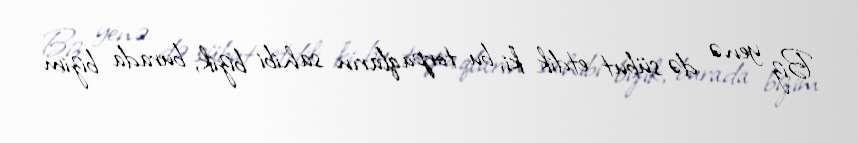
Biz yenə də sübut etdik ki, bu torpaqların sahibi bizik, burada bizim